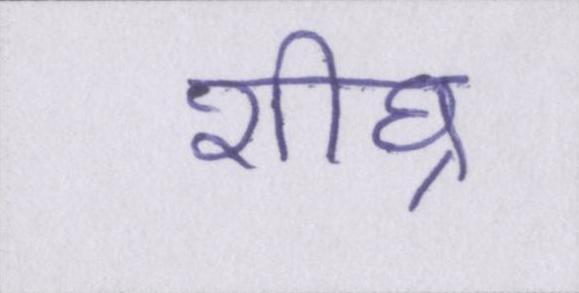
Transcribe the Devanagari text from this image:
शीघ्र